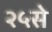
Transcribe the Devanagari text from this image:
२५से